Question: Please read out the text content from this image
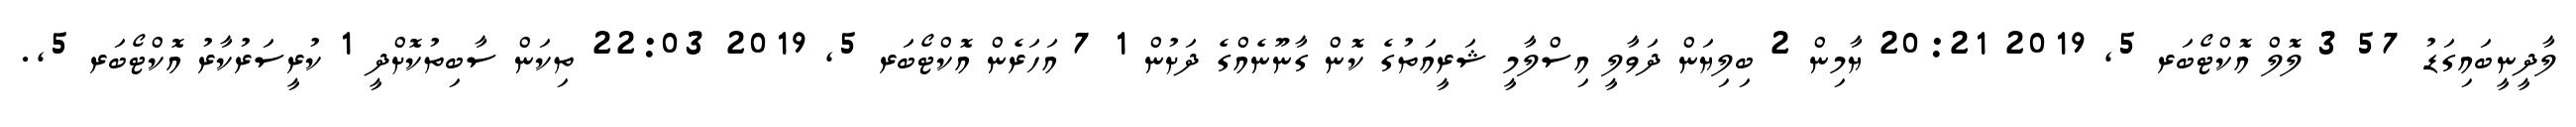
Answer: ލާދީނީބައިގަޑު 57 3 ލޮލް އޮކްޓޯބަރ 5, 2019 20:21 ޔާމިން 2 ބިލިޔަން ދަވާލީ އިސްލާމީ ޝަރީއަތުގެ ކޮން ގާނޫނެއްގެ ދަށުން 1 7 އަހަރެން އޮކްޓޯބަރ 5, 2019 22:03 ތިކަން ސާބިތުކޮށްދީ 1 ކުރީސަރުކާރު އޮކްޓޯބަރ 5,.